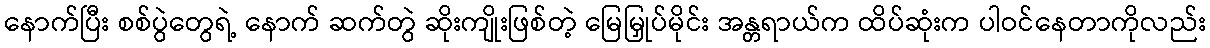
နောက်ပြီး စစ်ပွဲတွေရဲ့ နောက် ဆက်တွဲ ဆိုးကျိုးဖြစ်တဲ့ မြေမြှုပ်မိုင်း အန္တရာယ်က ထိပ်ဆုံးက ပါဝင်နေတာကိုလည်း